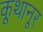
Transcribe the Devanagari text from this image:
कूथानूर